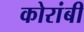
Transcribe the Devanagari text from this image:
कोरांबी